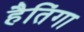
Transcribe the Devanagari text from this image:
हैतिंगा